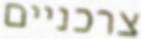
צרכניים